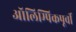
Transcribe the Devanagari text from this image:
ऑलिम्पिकपूर्वी